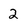
Character: 2